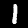
Label: 1